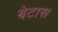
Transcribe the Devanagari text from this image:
बेटास